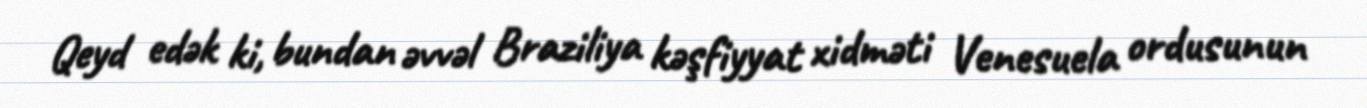
Qeyd edək ki, bundan əvvəl Braziliya kəşfiyyat xidməti Venesuela ordusunun